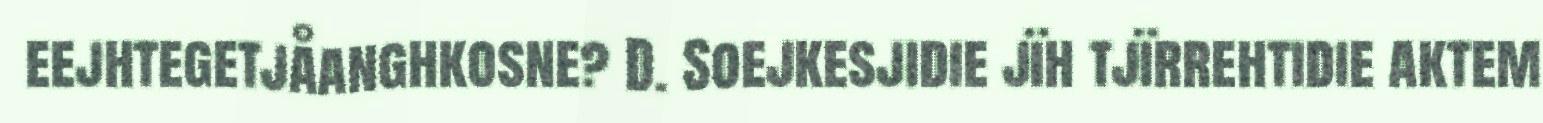
eejhtegetjåanghkosne? D. Soejkesjidie jïh tjïrrehtidie aktem